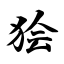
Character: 狯